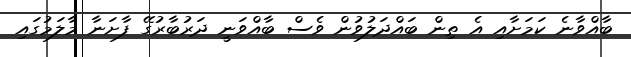
ބާއްވާނެ ކަމަށާއި އެ ތިން ބައްދަލުވުން ވެސް ބާއްވަނީ ދަރުބާރުގޭ ފާށަނާ މާލަމުގައި